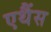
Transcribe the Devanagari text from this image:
एथैंस